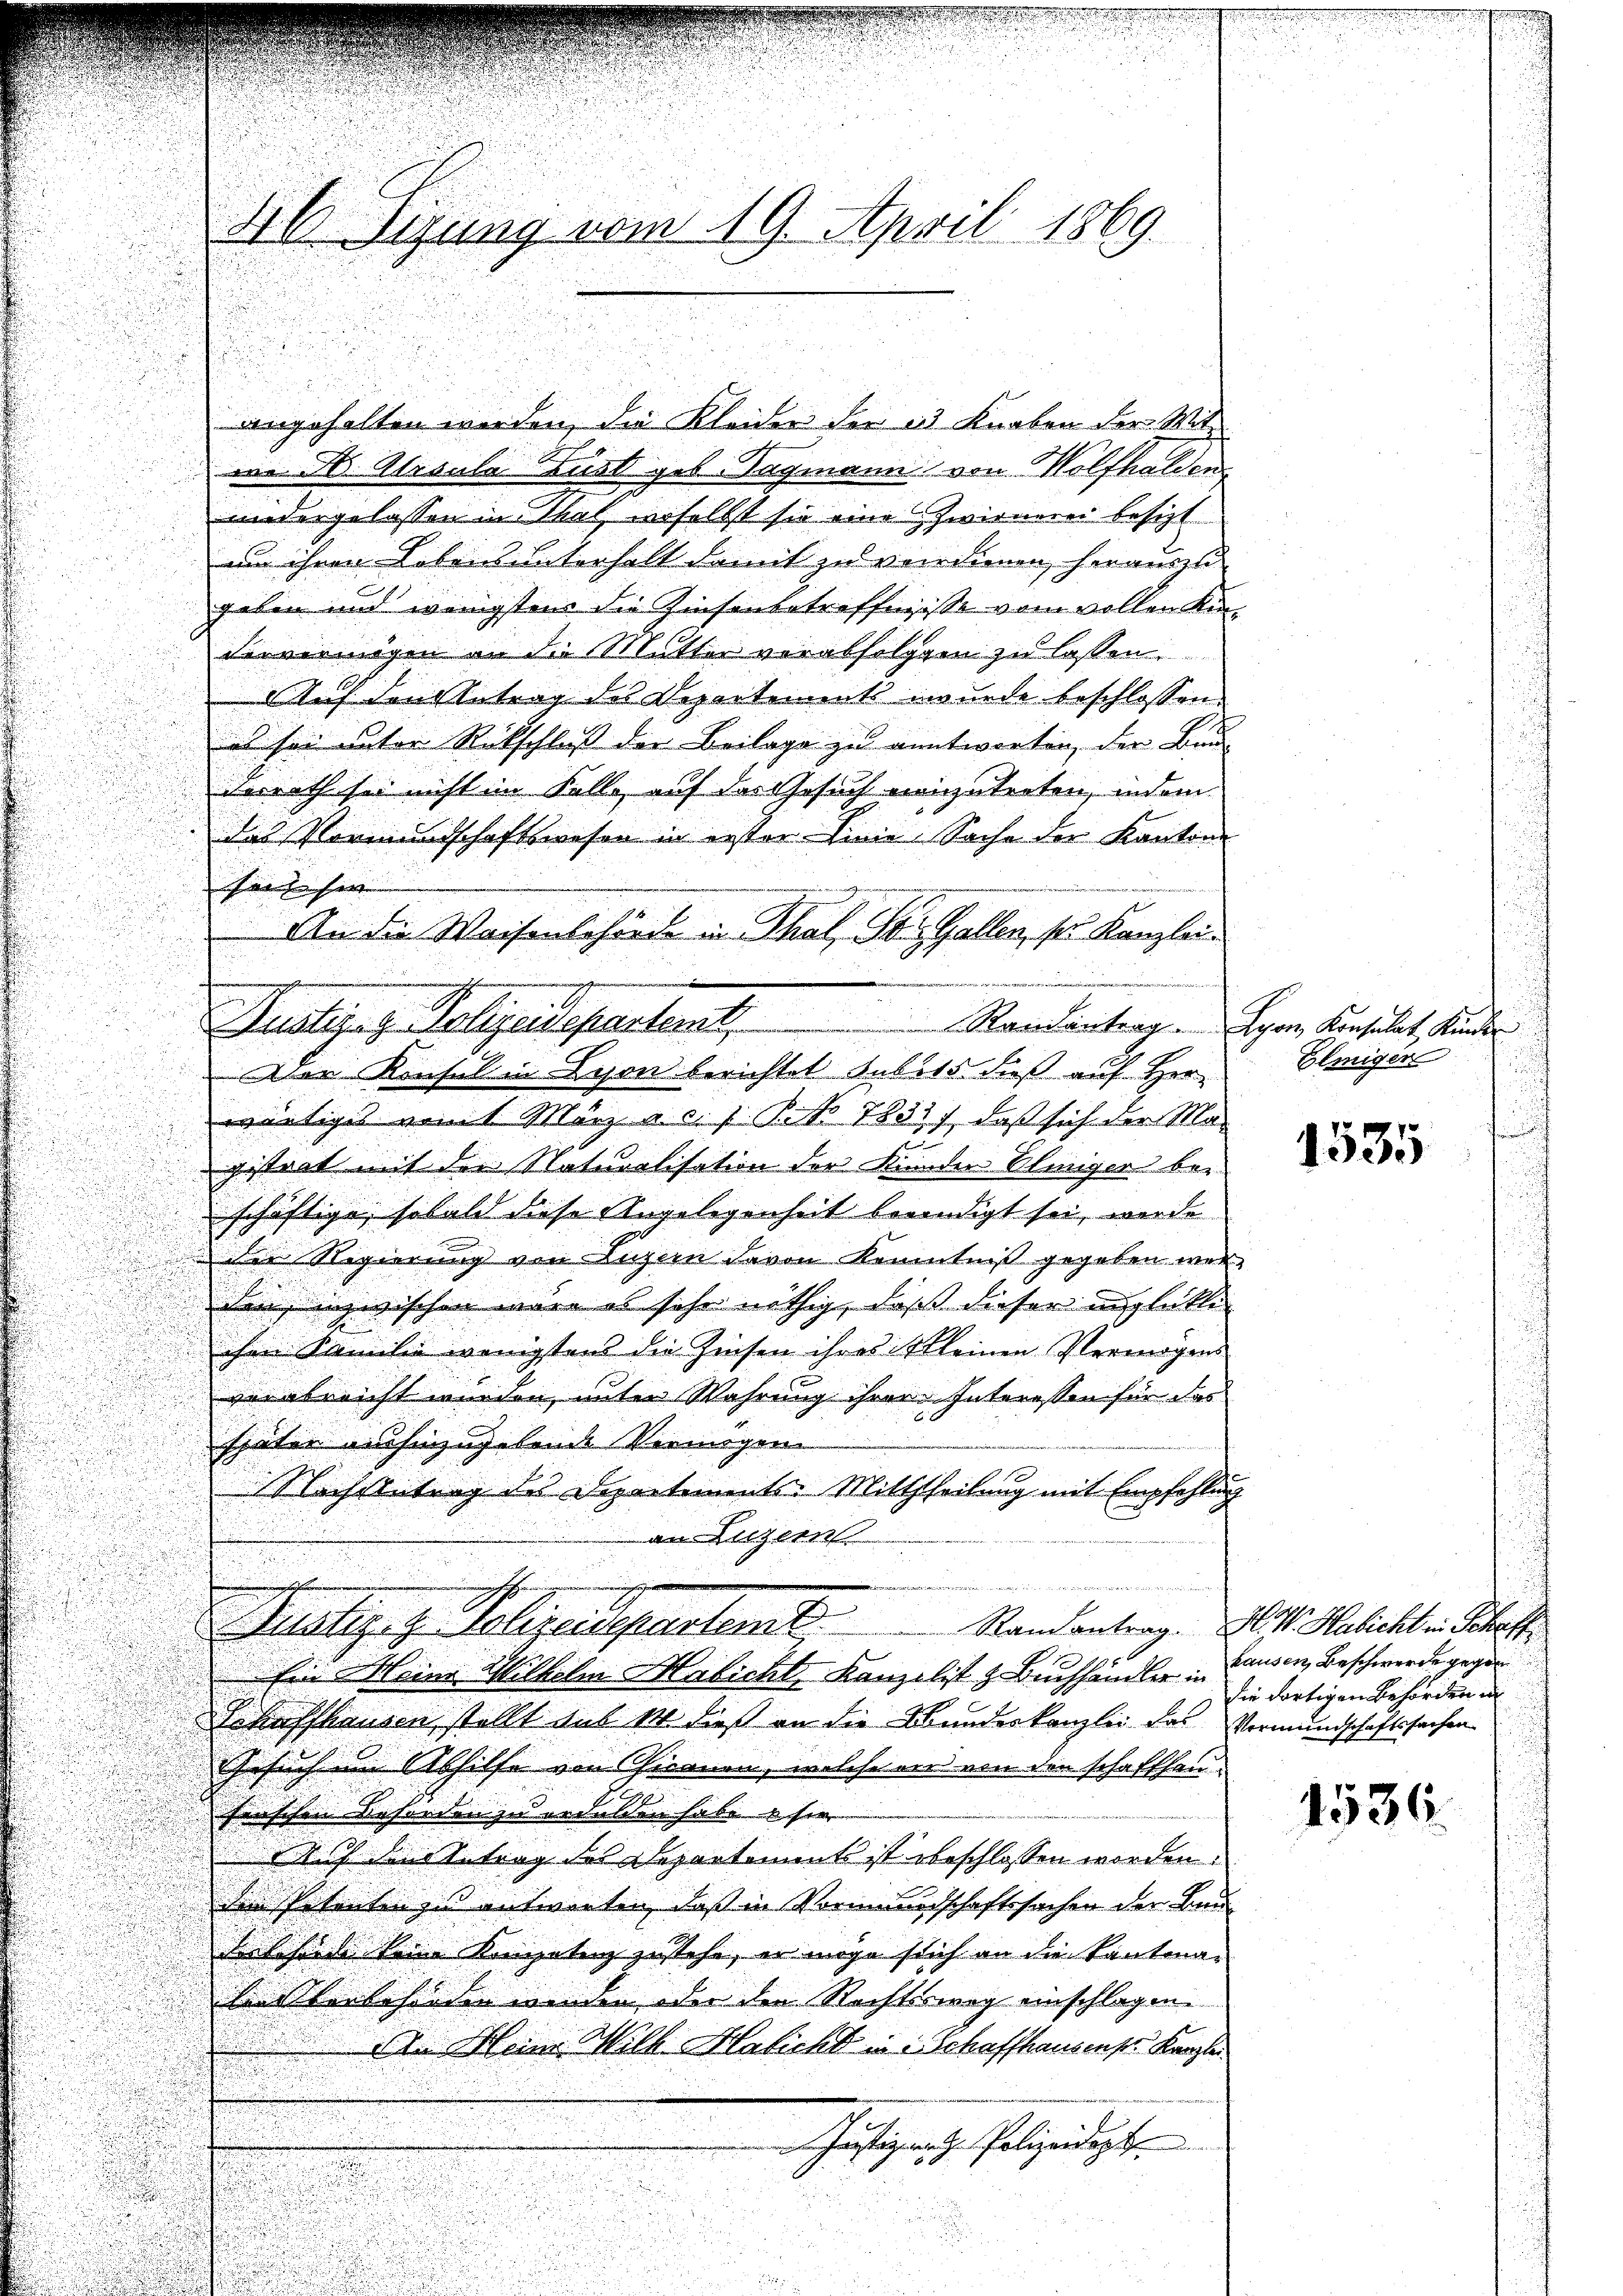
angehalten werden, die Kleider der 13 Knaben der Mit-
we St. Alpsula Lust geb. Sagmann von Holfhalden,
u
nidergelassen in That derselbst sie eine Zwirnerei besitzt.

um ihren Lebensunterhalt damit zu verdienen, herauszu
.
gaben und wenigsten die Zinsenbetreffnisse vom vollen Kindervermögen an die Mutter verabfolgen zu lassen.
Auf den Antrag des Departement wurde beschlossen.
s sei unter Rückschluß der Beilage zu antworten, der Bund
derrath sie nicht im Falle auf das Gesuch einzutreten, indem
Das Vormundschaftswesen in erster Linie Sache der Kantone
u
Hessen |

e

d
An die Waisenbehörde in Thal, St. Gallen, ses Kanzlei
.
n
u
u

Der Konsul in Lyon berichtet subits daß auf Herr
wärtiges mit März a. c. 1 Poo 7833), daß sich der Ma-
gistrat mit der Naturalisation der Kunder Olmiser be-
schäftige, sobald diese Angelegenheit beendigt sei, werde
der Regierung von Luzern davon Kenntniß gegeben werden, inzwischen wäre es sehr nöthig, daß dieser unglükte
ihre Familie wenigstens die Zinsen ihres Kleinen Vermögens
verabreicht wurden, unter Wahrung ihrer Interessen für das
später aushinzugebende Vermögen
Machstetung des Departements. Mittheilung mit Empfehlung
an Luzern
h
n
Justiz- & Polizeisepartent
Randantrag. H. V. Habicht in Schaff
Ein Meine Wilhelm Habicht, Kanzlist & Buchhändler Hausen, Beschwerde gegen
Schaffhausen, stellt aus 14 dieß an die Bundeskanzlei das Vormundschaftssachen
Gesuch im Abhilfe von Chironen, welche ein von den schaffhausenschen Beforden zu erdulden habe sie
Auf den Antrag des Departement ist beschlossen worden.
Si patenten zu entworten, daß in Vormundschaftssachen der Bauah siebe keine Kompetenz zustehe, er möge sich an die Kantonaleckerlesenden werden oder den Rechtssweg einschlagen.
A. Mein Wilh. Maricht in Schaffhausens. Kanzlei
heftiger Polizeidigten

Hl. Sigung vom 19. April 1869

i

Justizag Polizeidepartent Standentrage Regen Anstatt, Kinden

Elmiger

1535

die dortigen Behörden in

1536.